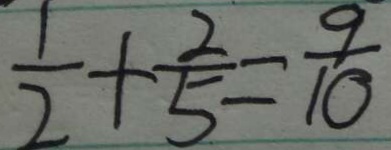
\frac { 1 } { 2 } + \frac { 2 } { 5 } = \frac { 9 } { 1 0 }